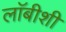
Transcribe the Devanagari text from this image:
लाॅबीशी